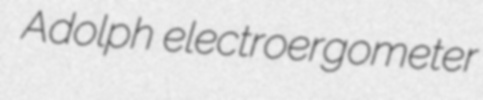
Adolph electroergometer